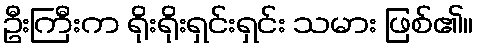
ဦးကြီးက ရိုးရိုးရှင်းရှင်း သမား ဖြစ်၏။